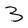
Character: 3